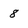
Character: 8